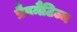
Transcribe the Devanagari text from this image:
प्रैगमैटिज्म